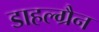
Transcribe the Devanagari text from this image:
डाहल्ग्रैन